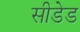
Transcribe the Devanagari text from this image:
सीडेड